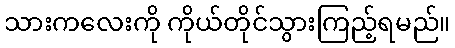
သားကလေးကို ကိုယ်တိုင်သွားကြည့်ရမည်။